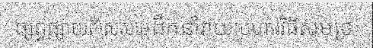
ផ្សព្វផ្សាយពិសេសមេដឹកនាំវាយប្រហារវិធីសមុទ្រ